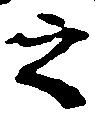
之